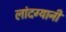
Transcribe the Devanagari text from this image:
लांदग्यानी